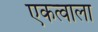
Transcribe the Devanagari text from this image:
एकत्वाला